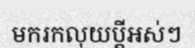
មករកលុយប្តីអស់ៗ